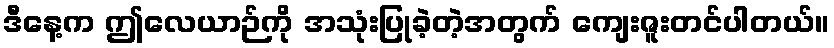
ဒီနေ့က ဤလေယာဉ်ကို အသုံးပြုခဲ့တဲ့အတွက် ကျေးဇူးတင်ပါတယ်။